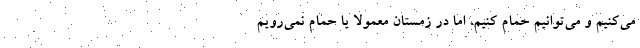
می‌کنیم و می‌توانیم حمام کنیم، اما در زمستان معمولا یا حمام نمی‌رویم